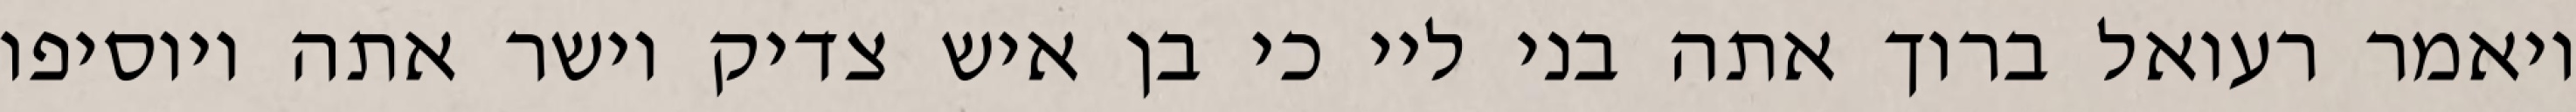
ויאמר רעואל ברוך אתה בני ליי כי בן איש צדיק וישר אתה ויוסיפו